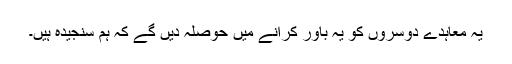
یہ معاہدے دوسروں کو یہ باور کرانے میں حوصلہ دیں گے کہ ہم سنجیدہ ہیں۔